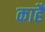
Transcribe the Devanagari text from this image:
काहैं